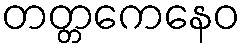
တတ္တကေနေဝ